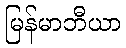
မြန်မာဘီယာ